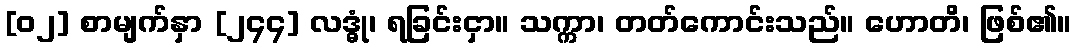
[၀၂] စာမျက်နှာ [၂၄၄] လဒ္ဓုံ၊ ရခြင်းငှာ။ သက္ကာ၊ တတ်ကောင်းသည်။ ဟောတိ၊ ဖြစ်၏။